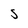
Character: s